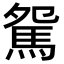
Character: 駌